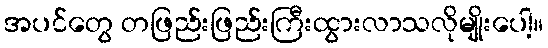
အပင်တွေ တဖြည်းဖြည်းကြီးထွားလာသလိုမျိုးပေါ့။